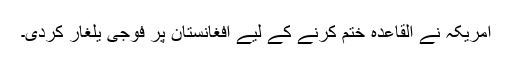
امریکہ نے القاعدہ ختم کرنے کے لیے افغانستان پر فوجی یلغار کردی۔